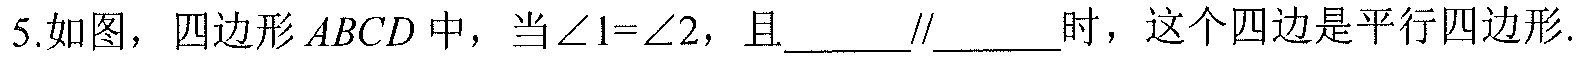
5.如图，四边形\(ABCD\)中，当\(\angle 1 = \angle 2\)，且____//____时，这个四边是平行四边形.